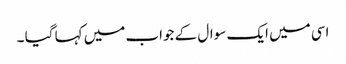
اسی میں ایک سوال کے جواب میں کہا گیا ۔